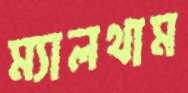
ম্যালথাম